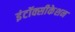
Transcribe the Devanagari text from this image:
इंटॉक्सीकेशन